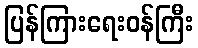
ပြန်ကြားရေးဝန်ကြီး